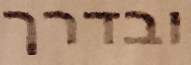
ובדרך